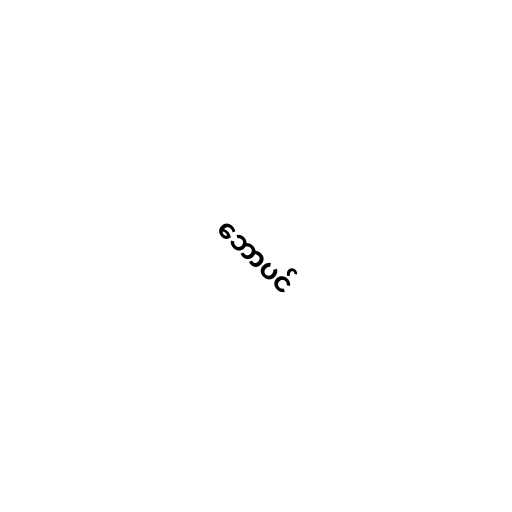
ဘောပင်